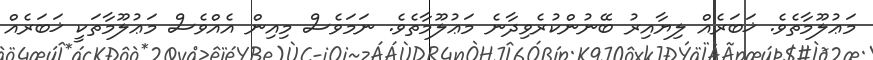
މަޢުލޫމާތެވެ. ޚަބަރެއް ލިޔާއިރު ބޭނުންކުރެވިދާނެ މަޢުލޫމާތެވެ. ނަމަވެސް މިއިން އެއްވެސް މަޢުލޫމާތަކީ ޚަބަރެއް